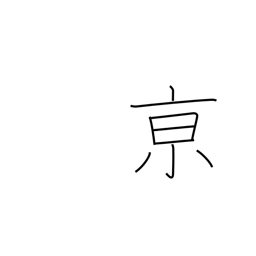
Meaning: capital city